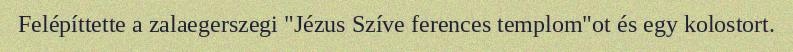
Felépíttette a zalaegerszegi "Jézus Szíve ferences templom"ot és egy kolostort.